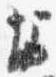
堀